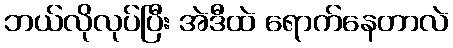
ဘယ်လိုလုပ်ပြီး အဲဒီထဲ ရောက်နေတာလဲ